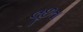
લૂછતા